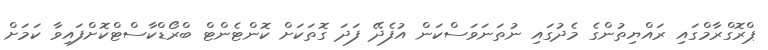
ޕްރޮގްރާމްގައި ރައްޔިތުންގެ މެދުގައި ނުތަނަވަސްކަން އުފެދޭ ފަދަ ގޮތަކަށް ކޮންޓެންޓް ބްރޯޑްކާސްޓްކޮށްފައިވާ ކަމަށް